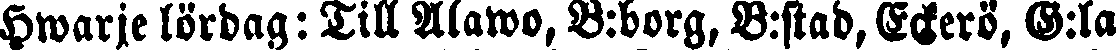
Hwarje lördag: Till Alawo, B:borg, B:stad, Eckerö. G:la